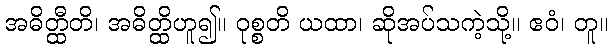
အဓိတ္ထီတိ၊ အဓိတ္ထိဟူ၍။ ဝုစ္စတိ ယထာ၊ ဆိုအပ်သကဲ့သို့။ ဧဝံ၊ တူ။